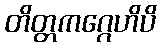
တိတ္တကဂ္ဂေဟိပိ